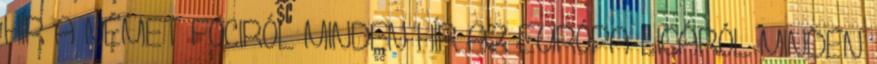
HÍR A NÉMET FOCIRÓL MINDEN HÍR AZ EURÓPA-LIGÁRÓL MINDEN